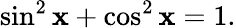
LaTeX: \sin^{2}\mathbf{x}+\cos^{2}\mathbf{x}=1.